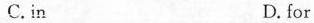
C.in D.for